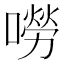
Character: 嘮